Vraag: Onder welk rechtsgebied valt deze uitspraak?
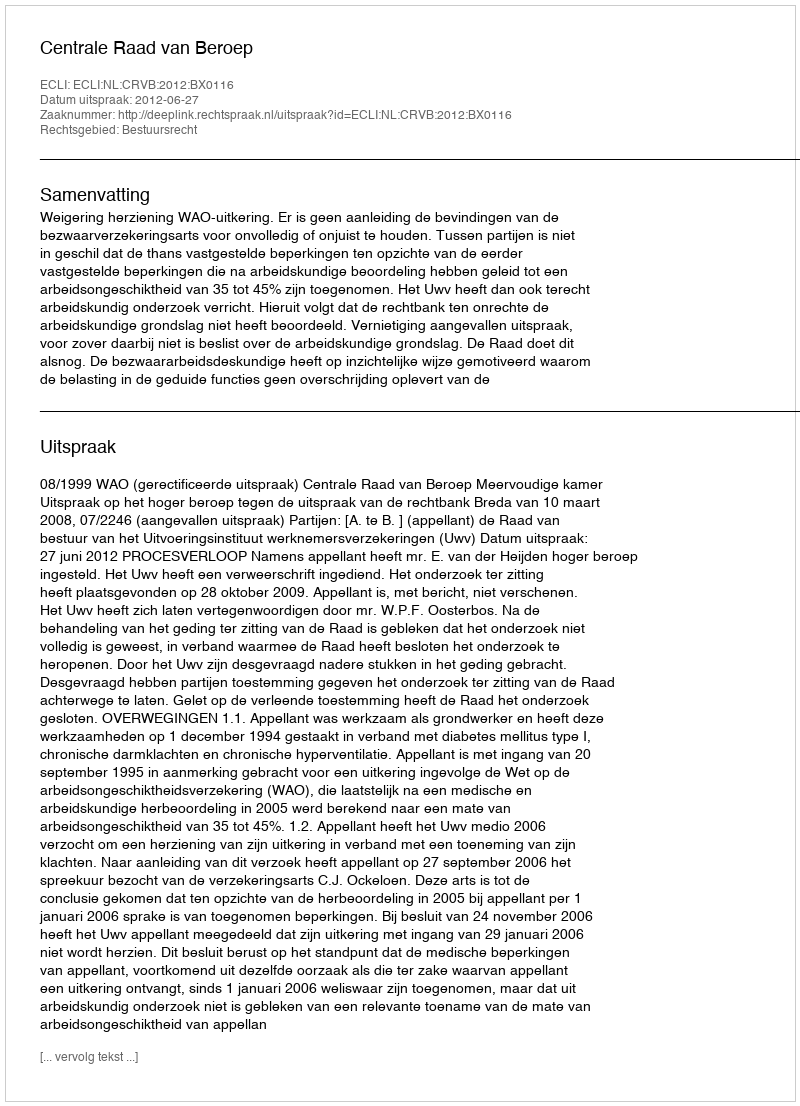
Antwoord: Bestuursrecht